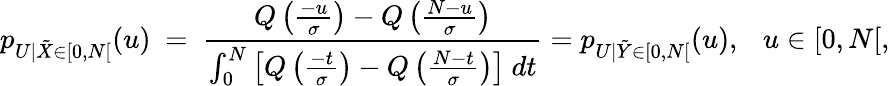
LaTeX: p_{U|\tilde{X}\in[0,N[}(u)~=~\frac{Q\left(\frac{-u}{\sigma}\right)-Q\left(\frac{N-u}{\sigma}\right)}{\int_{0}^{N}\left[Q\left(\frac{-t}{\sigma}\right)-Q\left(\frac{N-t}{\sigma}\right)\right]~dt}=p_{U|\tilde{Y}\in[0,N[}(u),~~~u\in[0,N[,